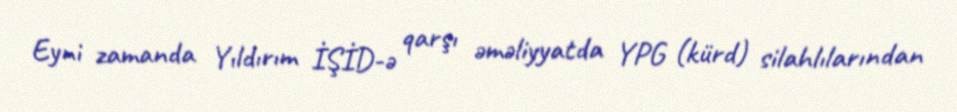
Eyni zamanda Yıldırım İŞİD-ə qarşı əməliyyatda YPG (kürd) silahlılarından